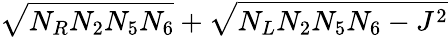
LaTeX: \sqrt{N_{R}N_{2}N_{5}N_{6}}+\sqrt{N_{L}N_{2}N_{5}N_{6}-J^{2}}